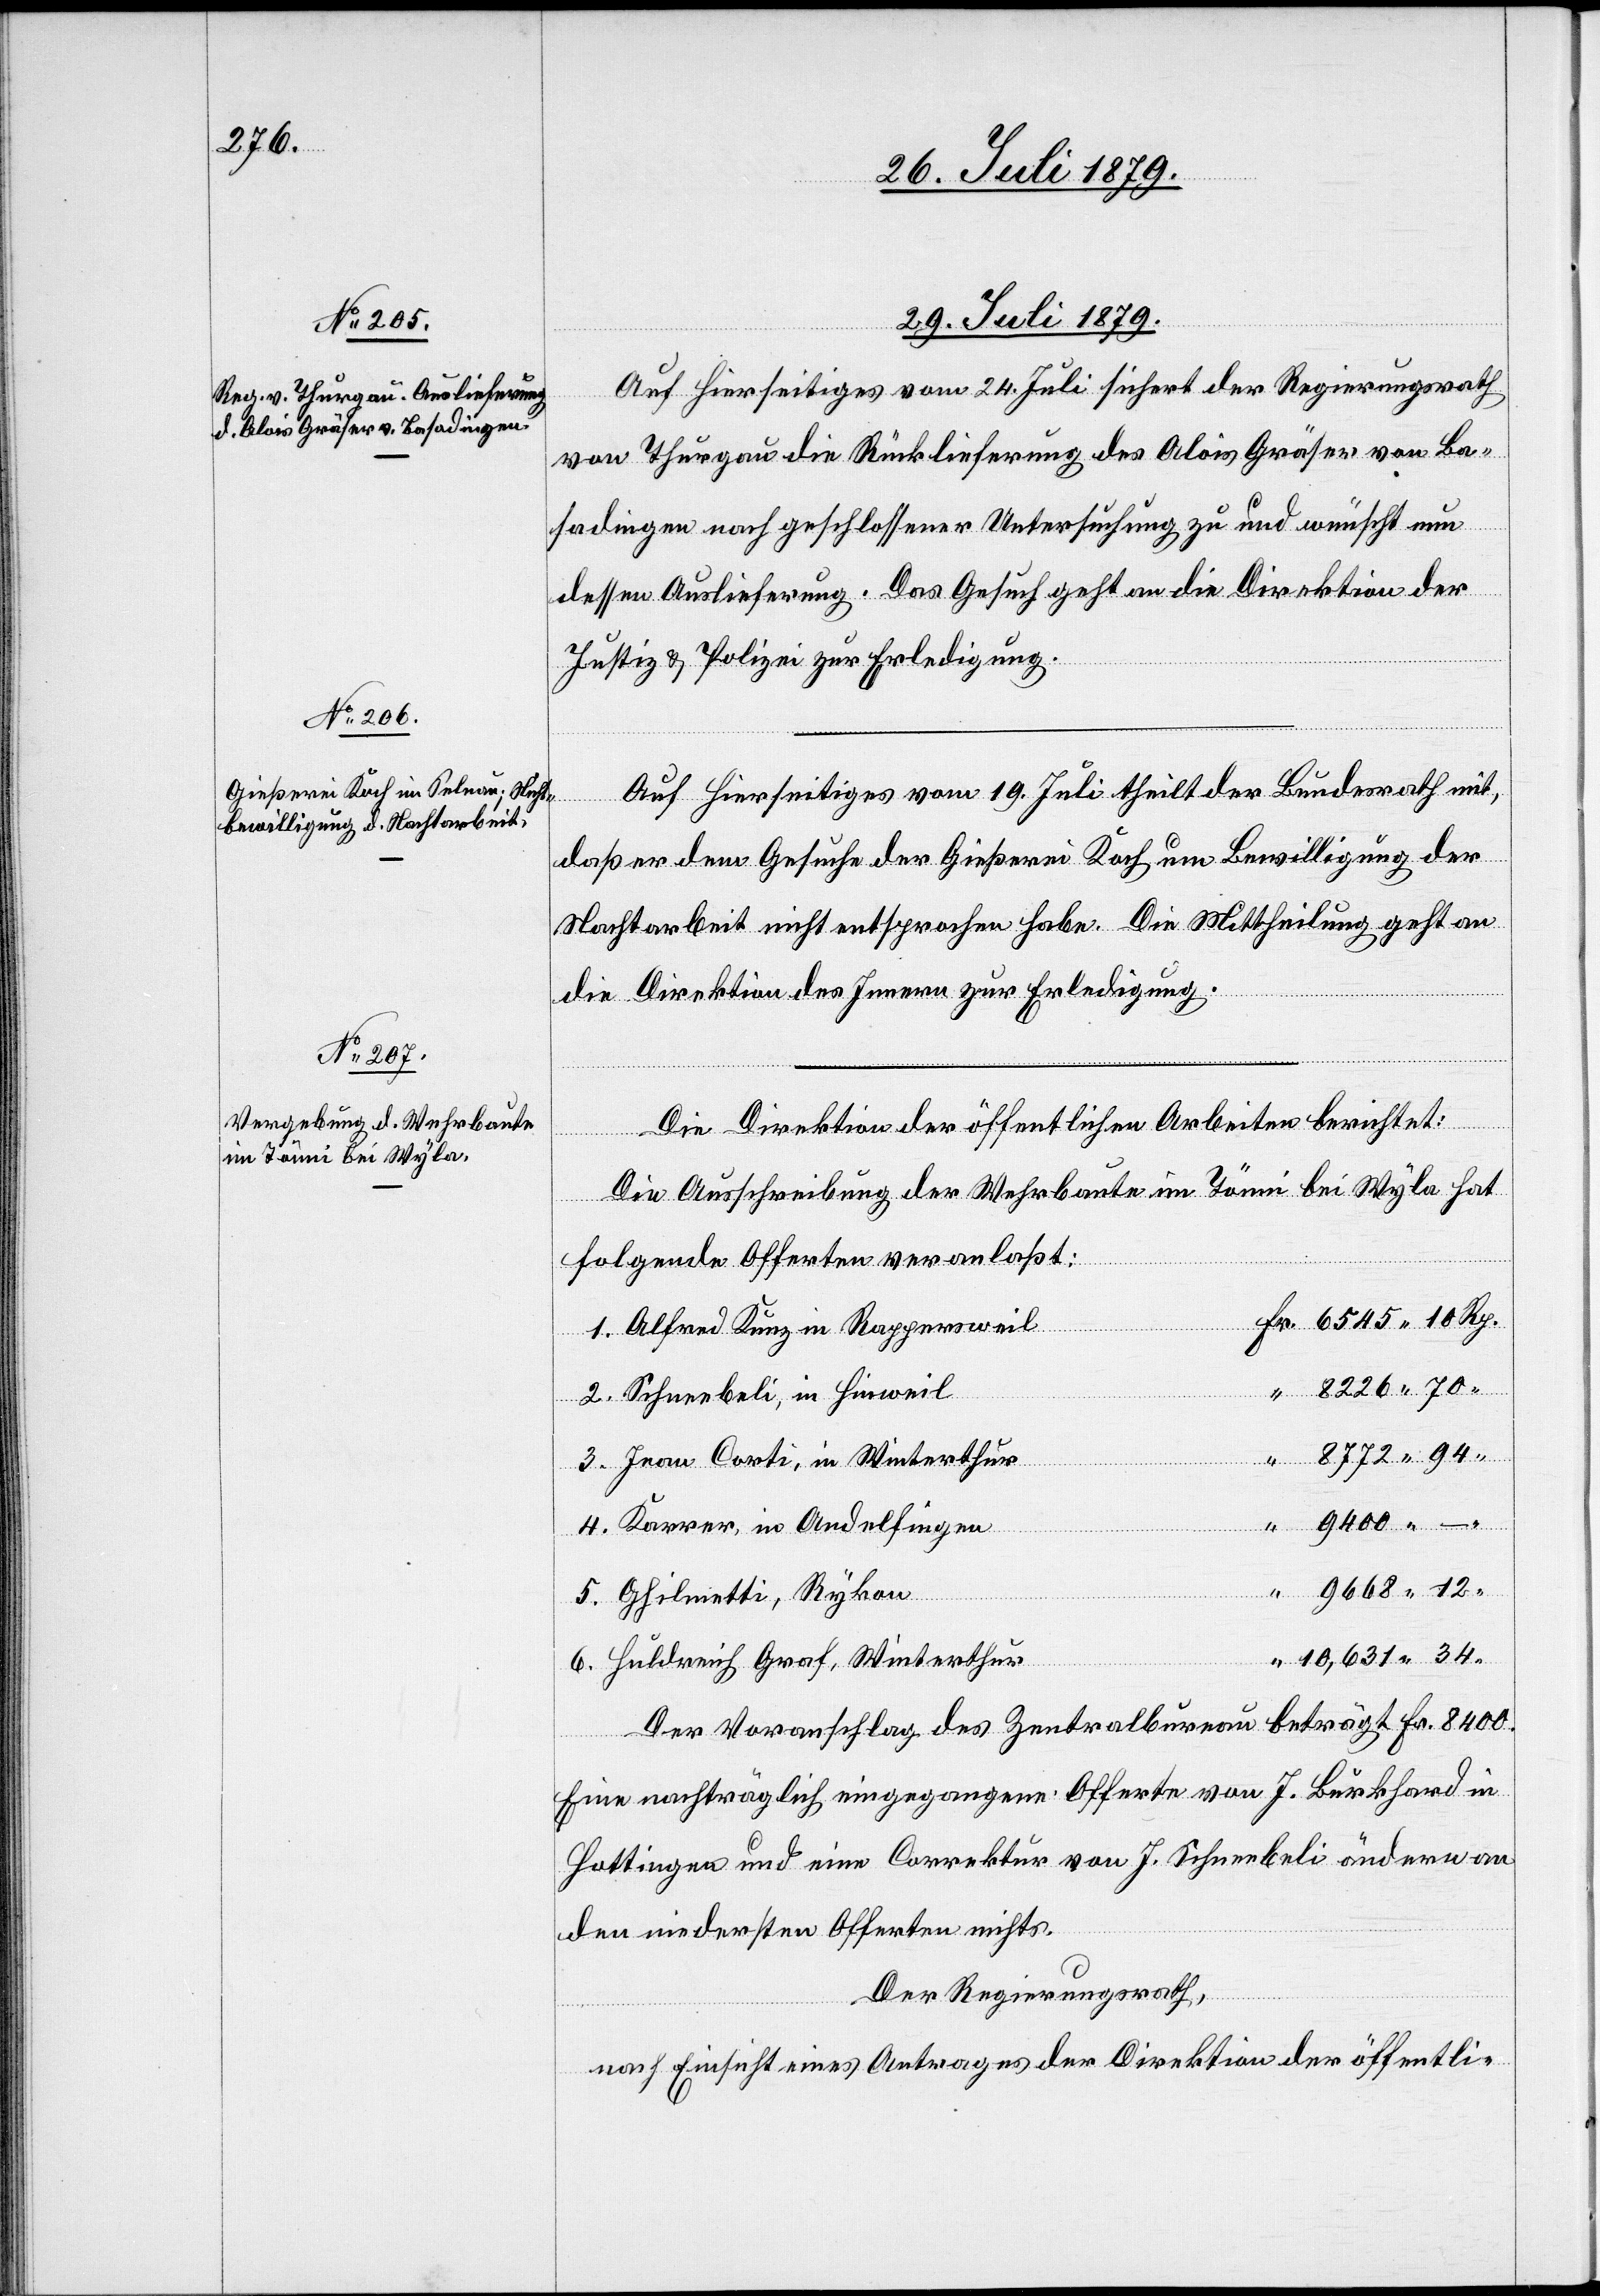
29. Juli 1879.]
3.
Auf hierseitiges vom 24. Juli sichert der Regierungsrath
von Thurgau die Rücklieferung des Alois Gräser von Ba¬
sadingen nach geschlossener Untersuchung zu und wünscht nun
dessen Auslieferung. Das Gesucht geht an die Direktion der
Justiz & Polizei zur Erledigung.
Auf Hierseitiges vom 19. Juli theilt der Bundesrath mit,
al-Verfüg¬
daß er dem Gesuche der Gießerei Koch um Bewilligung der
Nachtarbeit nicht entsprochen habe. Die Mittheilung geht an
die Direktion des Innern zur Erledigung.
Die Direktion der öffentlichen Arbeiten berichtet:
Die Ausschreibung der Wuhrbaute im Tönni bei Wyla hat
ungen
folgende Offerten veranlaßt:
6.
Alfred Kunz in Rappersweil
Schneebeli, in Hinweil
Jean Corti, in Winterthur
9400
4.
Karrer, in Andelfingen
Ghilmetti, Rykon
Huldreich Graf, Winterthur
Der Voranschlag des Zentralbureau beträgt Fr. 8400.
Eine nachträglich eingegangene Offerte von J. Burkhard in
Hottigen und eine Correktur von J. Schneebeli ändern an
den niedersten Offerten nichts.
Der Regierungsrath,
nach Einsicht eines Antrages der Direktion der öffentli-